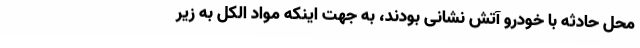
محل حادثه با خودرو آتش نشانی بودند، به جهت اینکه مواد الکل به زیر